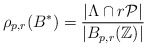
\begin{align*}\rho_{p,r}(B^*) =\frac{|\Lambda \cap r\mathcal{P}|}{|B_{p,r}(\mathbb{Z})|}\end{align*}